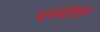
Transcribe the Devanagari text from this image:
भगवद्विग्रह